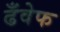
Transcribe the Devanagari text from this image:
ढँवेफ